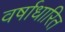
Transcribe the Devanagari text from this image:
वर्षाधारित